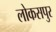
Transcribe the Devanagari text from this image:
लोकसपुर